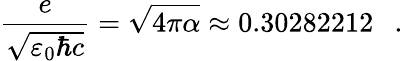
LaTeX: {\frac{e}{\sqrt{\varepsilon_{0}\hbar c}}}={\sqrt{4\pi\alpha}}\approx 0.30282212\ ~~.